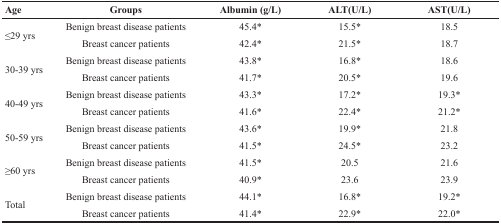
<table><thead><tr><td><b>Age</b></td><td><b>Groups</b></td><td><b>Albumin (g/L)</b></td><td><b>ALT(U/L)</b></td><td><b>AST(U/L)</b></td></tr></thead><tbody><tr><td rowspan="2">≤29 yrs</td><td>Benign breast disease patients</td><td>45.4*</td><td>15.5*</td><td>18.5</td></tr><tr><td>Breast cancer patients</td><td>42.4*</td><td>21.5*</td><td>18.7</td></tr><tr><td rowspan="2">30-39 yrs</td><td>Benign breast disease patients</td><td>43.8*</td><td>16.8*</td><td>18.6</td></tr><tr><td>Breast cancer patients</td><td>41.7*</td><td>20.5*</td><td>19.6</td></tr><tr><td rowspan="2">40-49 yrs</td><td>Benign breast disease patients</td><td>43.3*</td><td>17.2*</td><td>19.3*</td></tr><tr><td>Breast cancer patients</td><td>41.6*</td><td>22.4*</td><td>21.2*</td></tr><tr><td rowspan="2">50-59 yrs</td><td>Benign breast disease patients</td><td>43.6*</td><td>19.9*</td><td>21.8</td></tr><tr><td>Breast cancer patients</td><td>41.5*</td><td>24.5*</td><td>23.2</td></tr><tr><td rowspan="2">≥60 yrs</td><td>Benign breast disease patients</td><td>41.5*</td><td>20.5</td><td>21.6</td></tr><tr><td>Breast cancer patients</td><td>40.9*</td><td>23.6</td><td>23.9</td></tr><tr><td rowspan="2">Total</td><td>Benign breast disease patients</td><td>44.1*</td><td>16.8*</td><td>19.2*</td></tr><tr><td>Breast cancer patients</td><td>41.4*</td><td>22.9*</td><td>22.0*</td></tr></tbody></table>